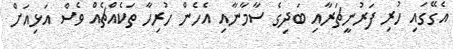
އެގޭގައި ހުރި ފަރުނީޗަރާއި ބަދިގެ ސާމާނާއި އެހެން ހުރިހާ ތަކެއްޗެއް ވެސް އަޅިއަށް